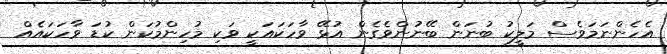
އެހެންނަމަވެސް މަލީކު ބުނަން ބޭނުންވެގެން އުޅޭ ވާހަކައަކީ ވަކި މުހިންމުކަން ކުޑަ ވާހަކައެއް